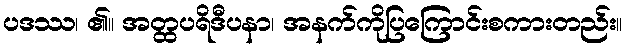
ပဒဿ၊ ၏။ အတ္ထပရိဒီပနာ၊ အနက်ကိုပြကြောင်းစကားတည်း။